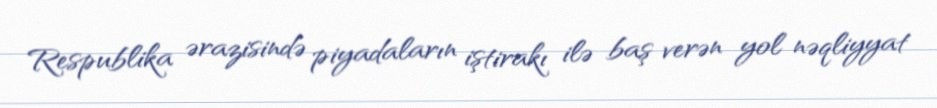
Respublika ərazisində piyadaların iştirakı ilə baş verən yol nəqliyyat